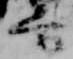
方